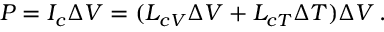
P = I _ { c } \Delta V = ( L _ { c V } \Delta V + L _ { c T } \Delta T ) \Delta V \, .